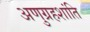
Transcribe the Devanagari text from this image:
अणुग्रहशांति